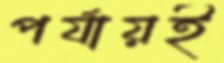
পর্যায়ই